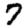
Digit: 7